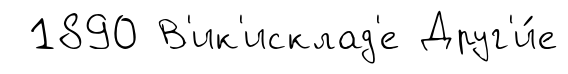
1890 В'ик'исклад'е Друг'и́е